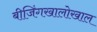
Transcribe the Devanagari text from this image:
बीजिंगखालोखाल